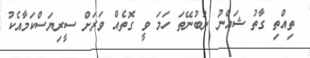
ތިއްތި ގާތު ޝައްނު ނުބުނޭތަ ހަމަ ވީ ގޮތެއް ވަރަށް ސީރިޔަސްކަމާއެކު